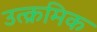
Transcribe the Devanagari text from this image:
उत्क्रमिक